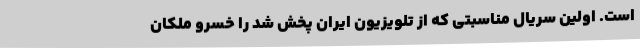
است. اولین سریال مناسبتی که از تلویزیون ایران پخش شد را خسرو ملکان